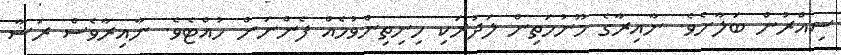
ސިއްރުން ބަލާށެވެ. ނާއިރާގެ މޫނުމަތިން ލަދުރަކި ހިނިތިންވުމެއް ފެންނަން ހުއްޓެވެ. ނާއިރާވެސް ރަޝާ